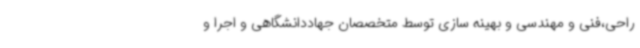
راحی،فنی و مهندسی و بهینه سازی توسط متخصصان جهاددانشگاهی و اجرا و